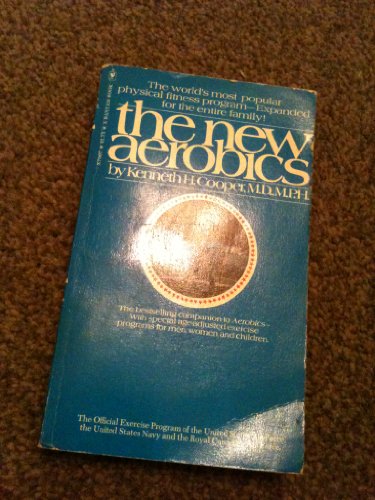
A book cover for New Aerobics; Kenneth Cooper; Health, Fitness & Dieting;